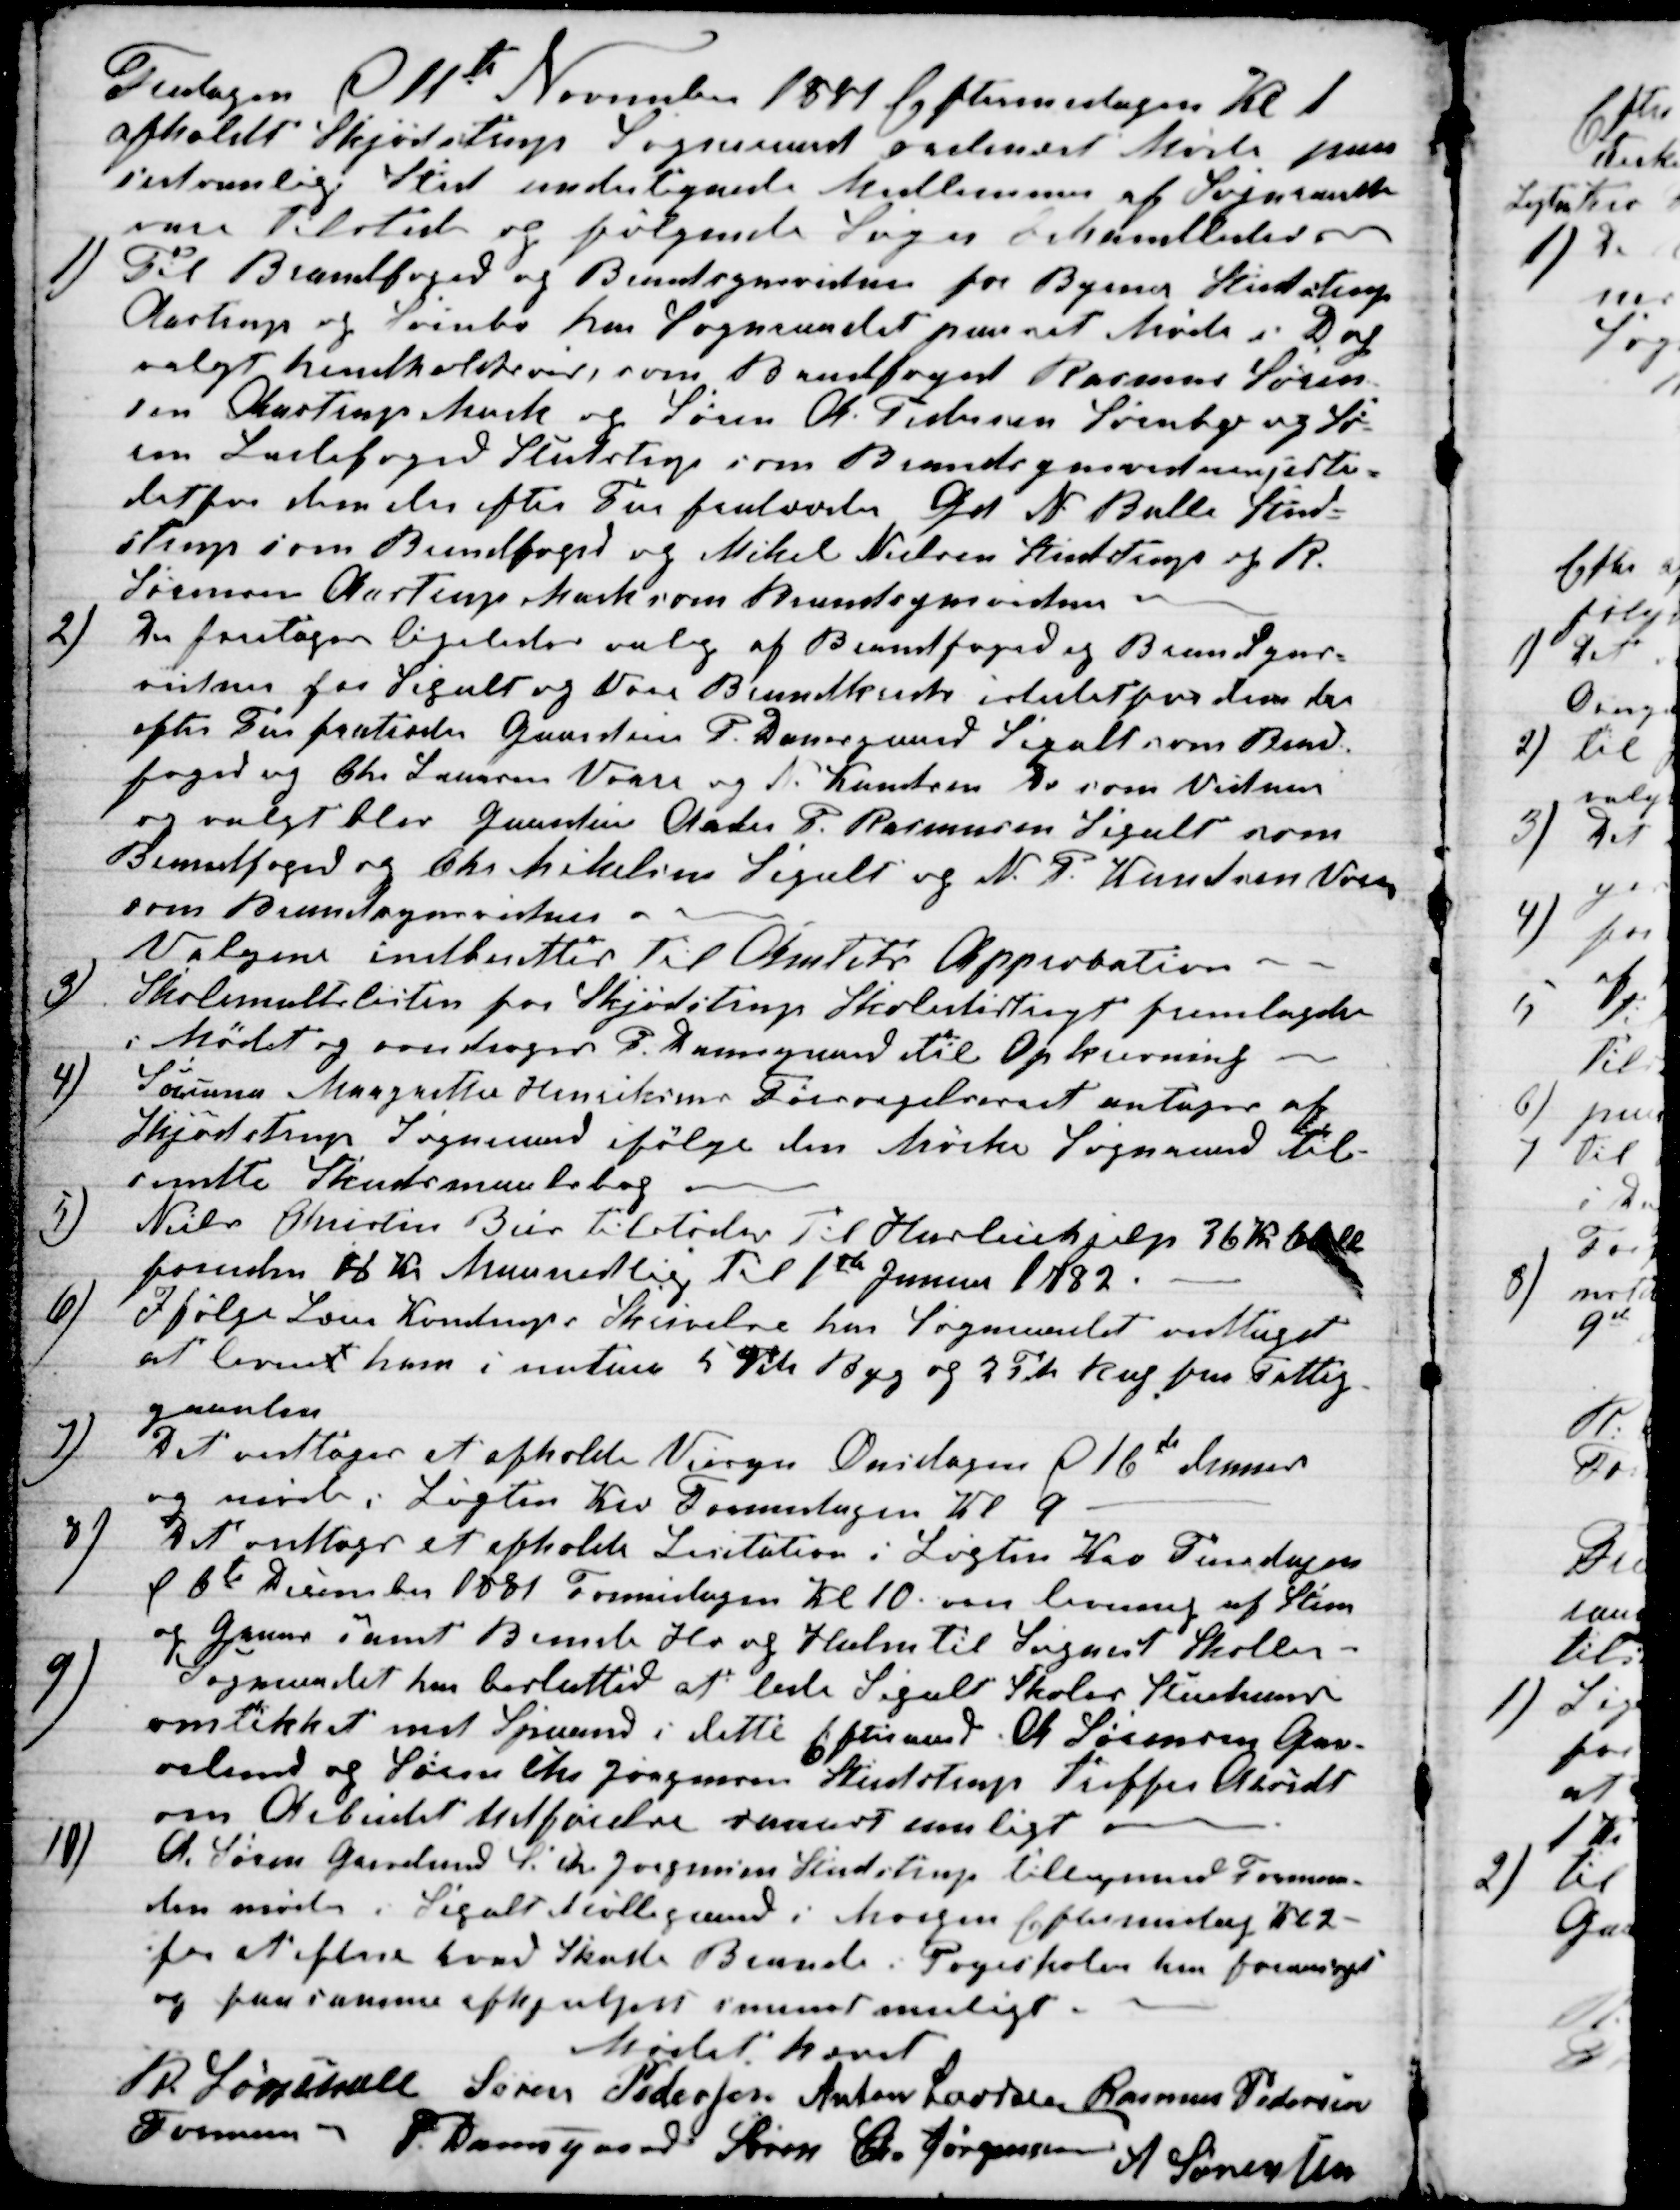
Transskription:
Fredagen d 11te November 1881 Eftermidagen Kl 1
afholdt Skjødstrup Sogneraad ordinært Møde paa
sedvanlig Sted undertegnede Medlemmer af Sognraadet
vare tilstede og følgende Sager behandledes.
1)
Til Brandfoged og Brandsynsvidne for Byerne Skjødstrup
Aastrup og Svinbo har Sogneraadet paa sit Møde i Dag
valgt henholdsvis, som Brandfoged Rasmus Søren-
sen Aastrup Mark og Søren A. Pedersen Svinbo og Sø-
ren Ladefoged Studstrup som Brandsynsvidner, iste-
detfor dem der efter Tur fratræder Gd N Balle Stud-
strup som Brandfoged og Mikel Nielsen Studstrup og R.
Sørensen Aastrup Mark som Brandsynsvidner
2)
Der foretoges ligeledes valg af Brandfoged og Brandsyns-
vidner for Segalt og Vorre Brandkreds istedet for dem der
efter Tur fratræder Gaardeier P. Damsgaard Segalt som Brand-
foged og Chr. Laursen Vorre og N. Knudsen Do som Vidner
og valgt blev Gaardeier Anders P. Rasmussen Segalt som
Brandfoged og Chr Mikelsen Segalt og N. P. Knudsen Vorre
som Brandsynsvidner
Valgene indberettes til Amtets Approbation.
3)
Skolemulklisten for Skjødstrup Skolesdistrigt fremlagdes
i Mødet og overdroges P. Damsgaard til Opkrævning
4)
Susanne Margrethe Henriksens Forsørgelseret antages af
Skjødstrup Sogneraad ifølge den Mørke Sogneraad til-
sendte Skudsmaalsbog
5)
Niels Christin Beis tilstodes til Husleiehjelp 36 Kr 
foruden 18 Kr Maanedlig til 1ste Januar 1882.
6)
Ifølge Lærer Kondrups Skrivelse har Sogneraadet vedtaget
at leveret ham i natur 5 Td Byg og 2 Td Rug fra Fattig-
gaarden
7)
Det vedtoges at afholde Veisyn Onsdagen d 16de dennes
og møde i Løgten Kro Formidagen Kl 9
8)
Det vedtoges et afholde Licitation i Løgten Kro Tirsdagen
d 6te December 1881 Formidagen Kl 10 over levering af Steen
og Gruus samt Brende Hø og Halm til Sognet Skoler.
9)
Sogneraadet har beslutted at lade Segalt Skoles Stuehus
omtekket med Spaand i dette Efteraar. A. Sørensen Gre-
velund og Søren Chr Jørgensen Studstrup treffer Akridt
om Arbeidet Udførelse snarest muligt
10)
A. Søren Grevelund S. Chr. Jørgensen Studstrup tilligemed Forman-
den mødes i Segalt Møllegaard i Morgen Eftermidag Kl 2 -
for at efterse hvad Skade Brande i Pogeskolen har foraarsaget
og faa samme afhjulpet snarest muligt
Mødet hævet
R Løvschall
Formand
Søren Pedersen Anton Laursen Rasmus Pedersen
P. Damsgaard Søren Chr Jørgensen
A Sørensen